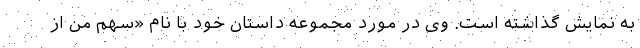
به نمایش گذاشته است. وی در مورد مجموعه داستان خود با نام «سهم من از